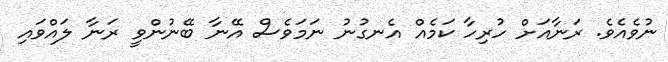
ނުވެއެވެ. ރަނާއަށް ހުރިހާ ކަމެއް އެނގުނު ނަމަވެސް އޭނާ ބޭނުންވީ ރަނާ ލައްވައި